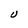
Character: U